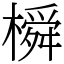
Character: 橓